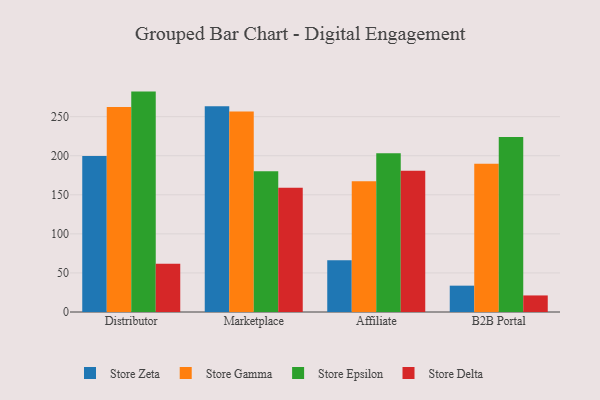
{"axis": {"x": "Channel", "y": "Backlog"}, "legend": ["Store Delta", "Store Epsilon", "Store Gamma", "Store Zeta"], "data": [{"x": "Distributor", "y": 199.8, "type": "Store Zeta"}, {"x": "Distributor", "y": 262.5, "type": "Store Gamma"}, {"x": "Distributor", "y": 282.1, "type": "Store Epsilon"}, {"x": "Distributor", "y": 61.9, "type": "Store Delta"}, {"x": "Marketplace", "y": 263.3, "type": "Store Zeta"}, {"x": "Marketplace", "y": 256.5, "type": "Store Gamma"}, {"x": "Marketplace", "y": 180.3, "type": "Store Epsilon"}, {"x": "Marketplace", "y": 159.0, "type": "Store Delta"}, {"x": "Affiliate", "y": 66.2, "type": "Store Zeta"}, {"x": "Affiliate", "y": 167.5, "type": "Store Gamma"}, {"x": "Affiliate", "y": 203.2, "type": "Store Epsilon"}, {"x": "Affiliate", "y": 180.7, "type": "Store Delta"}, {"x": "B2B Portal", "y": 33.7, "type": "Store Zeta"}, {"x": "B2B Portal", "y": 189.6, "type": "Store Gamma"}, {"x": "B2B Portal", "y": 224.1, "type": "Store Epsilon"}, {"x": "B2B Portal", "y": 21.2, "type": "Store Delta"}]}